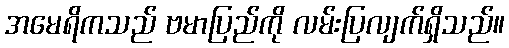
အမေရိကသည် ဗမာပြည်ကို လမ်းပြလျက်ရှိသည်။